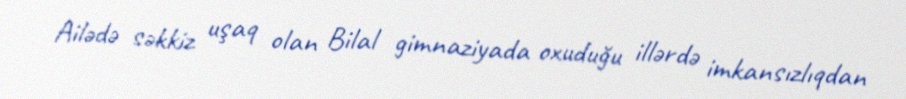
Ailədə səkkiz uşaq olan Bilal gimnaziyada oxuduğu illərdə imkansızlıqdan